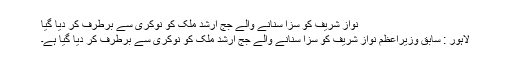
نواز شریف کو سزا سنانے والے جج ارشد ملک کو نوکری سے برطرف کر دیا گیا
لاہور : سابق وزیراعظم نواز شریف کو سزا سنانے والے جج ارشد ملک کو نوکری سے برطرف کر دیا گیا ہے۔